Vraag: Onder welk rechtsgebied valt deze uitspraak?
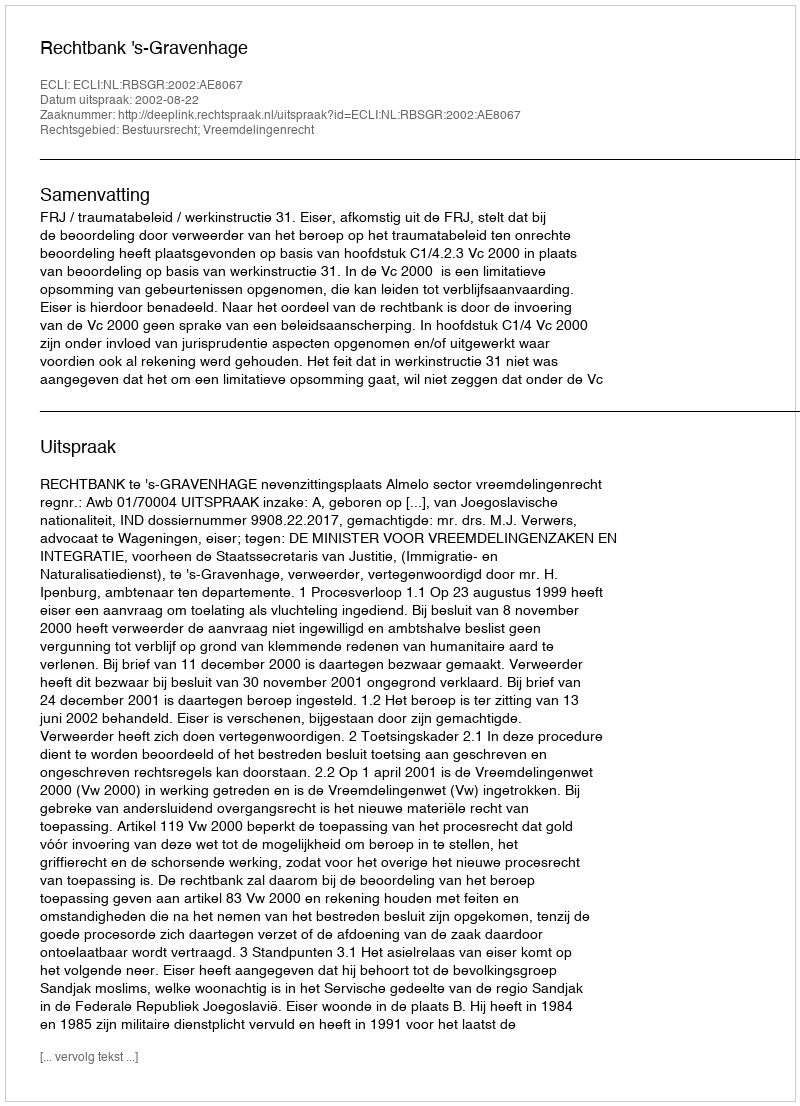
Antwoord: Bestuursrecht; Vreemdelingenrecht